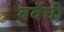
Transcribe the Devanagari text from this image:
बर्वेची